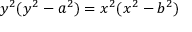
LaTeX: y ^ { 2 } ( y ^ { 2 } - a ^ { 2 } ) = x ^ { 2 } ( x ^ { 2 } - b ^ { 2 } )